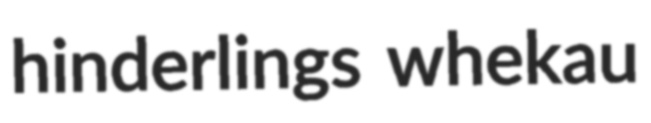
hinderlings whekau